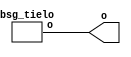


module top
(
  o
);

  output [31:0] o;

  bsg_tielo
  wrapper
  (
    .o(o)
  );


endmodule



module bsg_tielo
(
  o
);

  output [31:0] o;
  wire [31:0] o;
  assign o[0] = 1'b0;
  assign o[1] = 1'b0;
  assign o[2] = 1'b0;
  assign o[3] = 1'b0;
  assign o[4] = 1'b0;
  assign o[5] = 1'b0;
  assign o[6] = 1'b0;
  assign o[7] = 1'b0;
  assign o[8] = 1'b0;
  assign o[9] = 1'b0;
  assign o[10] = 1'b0;
  assign o[11] = 1'b0;
  assign o[12] = 1'b0;
  assign o[13] = 1'b0;
  assign o[14] = 1'b0;
  assign o[15] = 1'b0;
  assign o[16] = 1'b0;
  assign o[17] = 1'b0;
  assign o[18] = 1'b0;
  assign o[19] = 1'b0;
  assign o[20] = 1'b0;
  assign o[21] = 1'b0;
  assign o[22] = 1'b0;
  assign o[23] = 1'b0;
  assign o[24] = 1'b0;
  assign o[25] = 1'b0;
  assign o[26] = 1'b0;
  assign o[27] = 1'b0;
  assign o[28] = 1'b0;
  assign o[29] = 1'b0;
  assign o[30] = 1'b0;
  assign o[31] = 1'b0;

endmodule